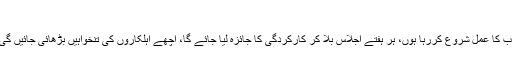
نادرا میں احتساب کا عمل شروع کردیا، ہر ہفتے میٹنگ ہوگی
انہوں نے کہا کہ شہریوں کی شکایات کے ازالے کے لیے نادرا میں احتساب کا عمل شروع کررہا ہوں، ہر ہفتے اجلاس بلا کر کارکردگی کا جائزہ لیا جائے گا، اچھے اہلکاروں کی تنخواہیں بڑھائی جائیں گی جب کہ کام نہ کرنے والے ملازمین کے لیے ادارے میں کوئی جگہ نہیں۔